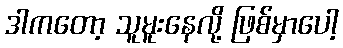
ဒါကတော့ သူမူးနေလို့ ဖြစ်မှာပေါ့